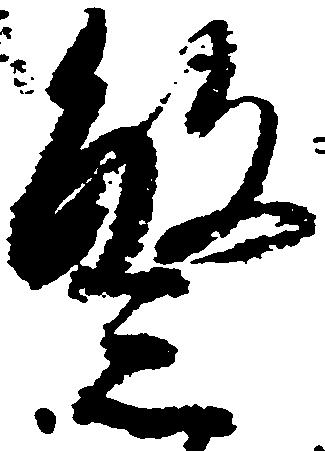
繁